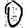
Digit: 0